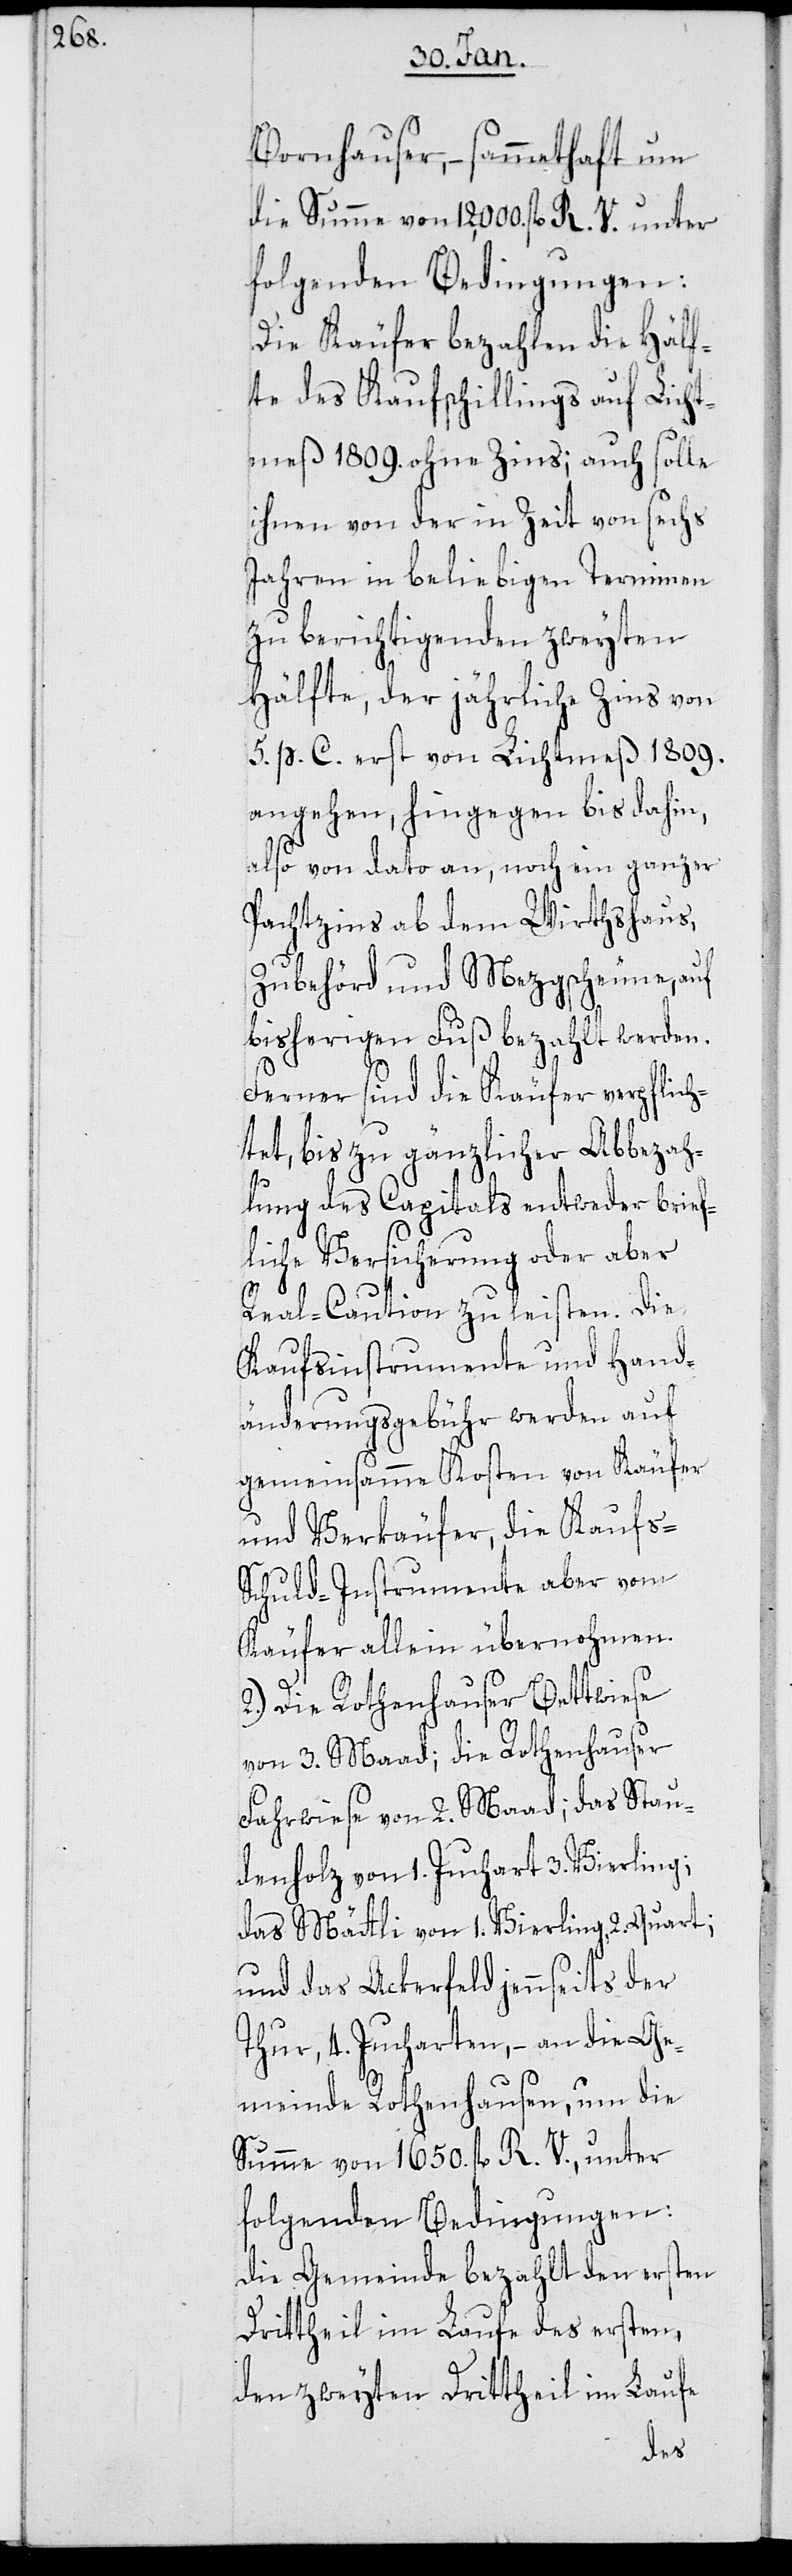
Bornhauser, – sammethaft um
die Summe von 12,000. fl. R. V. unter
folgenden Bedingungen:
Die Käufer bezahlen die Hälf¬
te des Kaufschillings auf Licht¬
meß 1809. ohne Zins; auch solle
ihnen von der in Zeit von sechs
Jahren in beliebigen Terminen
zu berichtigenden zweyten
Hälfte, der jährliche Zins von
5. p. C. erst von Lichtmeß 1809.
angehen, hingegen bis dahin,
also von dato an, noch ein ganzer
Pachtzins ab dem Wirthshaus,
Zubehörd und Mezgscheune, auf
bisherigen Fuß bezahlt werden.
Ferner sind die Käufer verpflich¬
tet, bis zu gänzlicher Abbezah¬
lung des Capitals entweder brief¬
liche Versicherung oder aber
Real-Caution zu leisten. Die
Kaufsinstrumente und Hand¬
änderungsgebühr werden auf
gemeinsamme Kosten von Käufer
und Verkäufer, die Kaufs-S¬
chuld-Instrumente aber vom
Käufer allein übernohmen.
2.) Die Rothenhauser Bettwiese
von 3. Maad; die Rothenhauser
Fahrwiese von 2. Maad; das Stau¬
denholz von 1. Juchart 3. Vierling;
das Mättli von 1. Vierling, 2. Quart;
und das Ackerfeld jennseits der
Thur, 4. Jucharten, – an die Ge¬
meinde Rothenhausen, um die
Summe von 1650. fl. R. V., unter
folgenden Bedingungen:
Die Gemeinde bezahlt den ersten
Drittheil im Laufe des ersten,
den zweyten Drittheil im Laufe